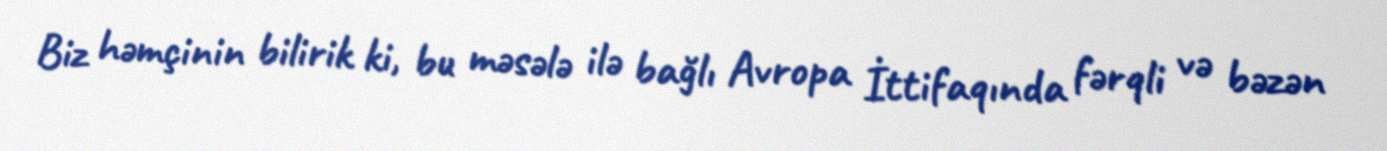
Biz həmçinin bilirik ki, bu məsələ ilə bağlı Avropa İttifaqında fərqli və bəzən